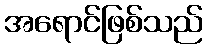
အရောင်ဖြစ်သည်